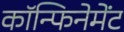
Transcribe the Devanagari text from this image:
कॉन्फिनेमेंट